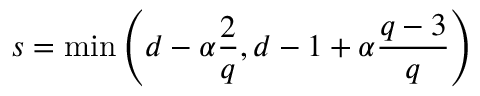
s = \operatorname* { m i n } \left( d - \alpha \frac { 2 } { q } , d - 1 + \alpha \frac { q - 3 } { q } \right)